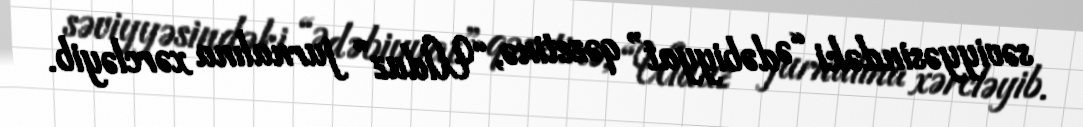
səviyyəsindəki “Ədəbiyyat” qəzetinə, “Ulduz” jurnalına xərcləyib.